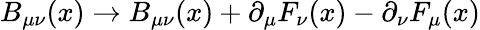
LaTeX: B_{\mu\nu}(x)\rightarrow B_{\mu\nu}(x)+\partial_{\mu}F_{\nu}(x)-\partial_{\nu}F_{\mu}(x)